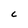
Character: C